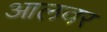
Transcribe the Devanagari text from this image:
आलवर